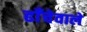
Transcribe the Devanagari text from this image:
ढाँचेवाले